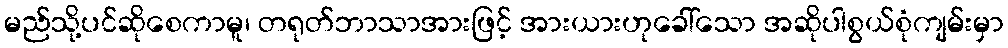
မည်သို့ပင်ဆိုစေကာမူ၊ တရုတ်ဘာသာအားဖြင့် အားယားဟုခေါ်သော အဆိုပါစွယ်စုံကျမ်းမှာ